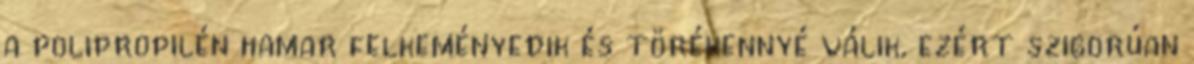
a polipropilén hamar felkeményedik és törékennyé válik, ezért szigorúan